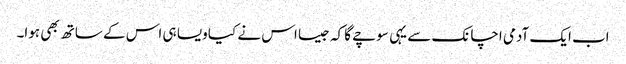
اب ایک آدمی اچانک سے یہی سوچے گا کہ جیسا اس نے کیا ویسا ہی اس کے ساتھ بھی ہوا۔